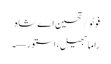
فوٹو/ تحسین اے شاہ
راما جھیل، استور—۔